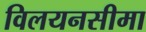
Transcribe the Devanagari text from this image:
विलयनसीमा